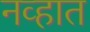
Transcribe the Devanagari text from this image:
नव्हात